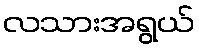
လသားအရွယ်